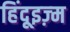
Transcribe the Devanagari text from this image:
हिंदूइज़्म